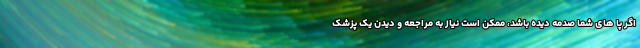
اگر پا های شما صدمه دیده باشد، ممکن است نیاز به مراجعه و دیدن یک پزشک